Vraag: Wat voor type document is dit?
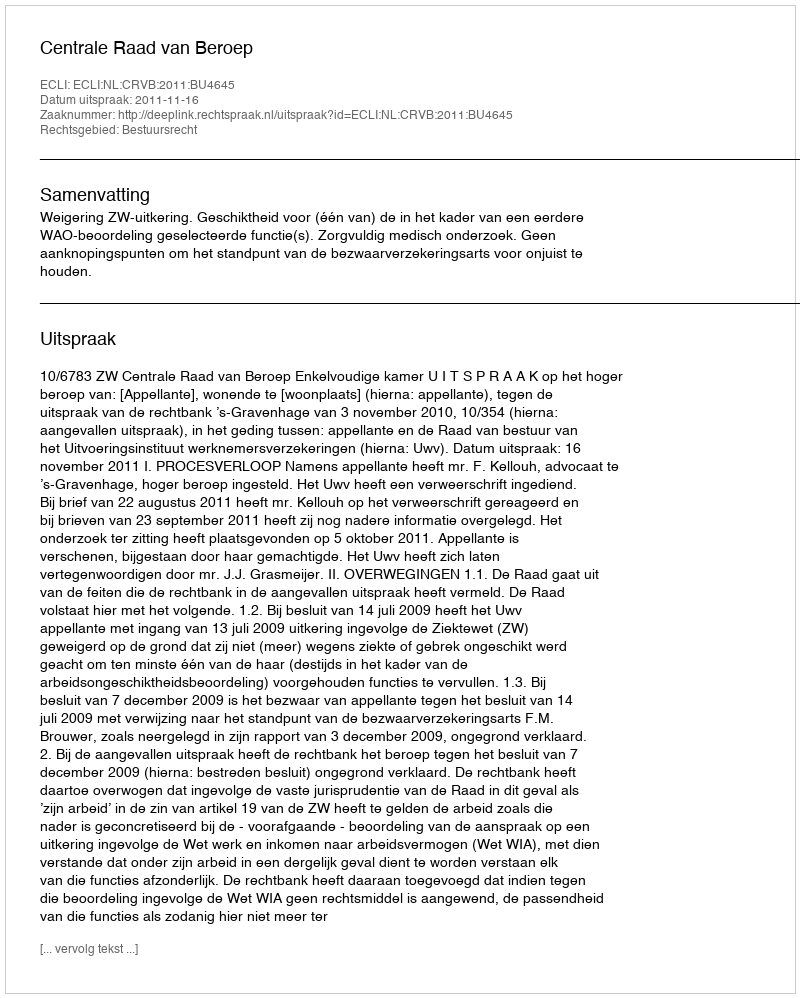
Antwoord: Uitspraak